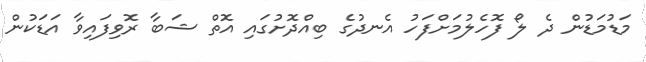
މަޑުމަޑުން ދެ ލޯ ފޮހެލުމަށްފަހު އެނދުގެ ބިއްދޮށުގައި އޮތް ޝަބާ ރޮވިފައިވާ އަޑަކުން